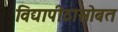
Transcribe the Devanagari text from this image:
विद्यापीठासोबत